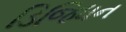
ડિજિધન